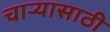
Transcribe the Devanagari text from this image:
चाऱ्यासाठी